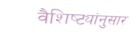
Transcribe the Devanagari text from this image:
वैशिष्ट्यांनुसार